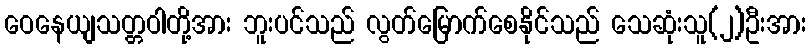
ဝေနေယျသတ္တဝါတို့အား ဘူးပင်သည် လွတ်မြောက်စေနိုင်သည် သေဆုံးသူ(၂)ဦးအား